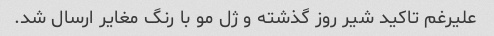
علیرغم تاکید شیر روز گذشته و ژل مو با رنگ مغایر ارسال شد.